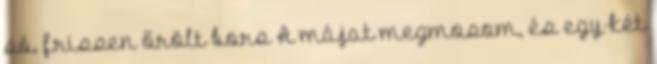
só, frissen őrölt bors A májat megmosom, és egy-két